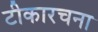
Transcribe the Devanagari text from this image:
टीकारचना